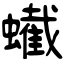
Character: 蠘